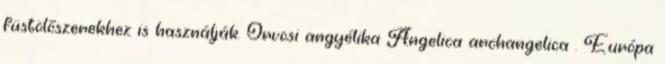
füstölőszerekhez is használják. Orvosi angyélika Angelica archangelica . Európa